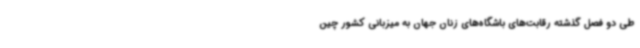
طی دو فصل گذشته رقابت‌های باشگاه‌های زنان جهان به میزبانی کشور چین